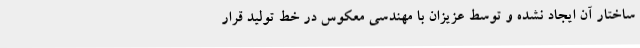
ساختار آن ایجاد نشده و توسط عزیزان با مهندسی معکوس در خط تولید قرار